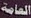
العامة